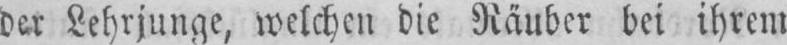
der Lehrjunge, welchen die Räuber bei ihrem